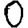
Digit: 0